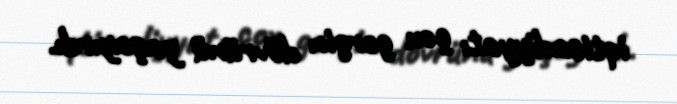
iqtisadiyyatı çox gərgin dövrünü yaşayırdı.